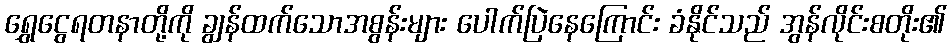
ရွှေငွေရတနာတို့ကို ချွန်ထက်သောအစွန်းများ ပေါက်ပြဲနေကြောင်း ခံနိုင်သည် အွန်လိုင်းစတိုး၏